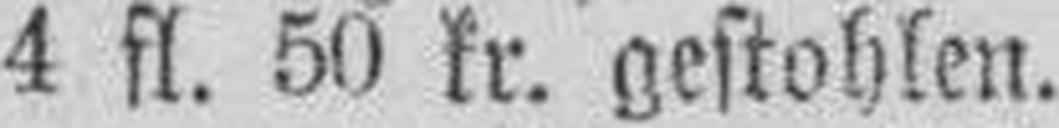
4 fl. 50 kr. gestohlen.